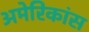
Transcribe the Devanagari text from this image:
अमेरिकांस